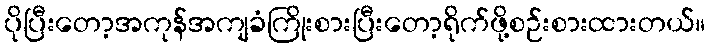
ပိုပြီးတော့အကုန်အကျခံကြိုးစားပြီးတော့ရိုက်ဖို့စဉ်းစားထားတယ်။